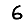
Digit: 6